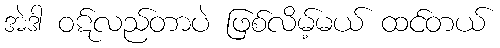
အဲဒါ ဝဋ်လည်တာပဲ ဖြစ်လိမ့်မယ် ထင်တယ်